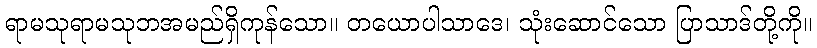
ရာမသုရာမသုဘအမည်ရှိကုန်သော။ တယောပါသာဒေ၊ သုံးဆောင်သော ပြာသာဒ်တို့ကို။